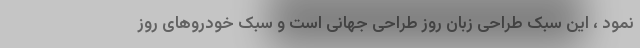
نمود ، این سبک طراحی زبان روز طراحی جهانی است و سبک خودروهای روز